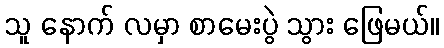
သူ နောက် လမှာ စာမေးပွဲ သွား ဖြေမယ်။